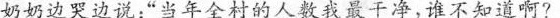
奶奶边哭边说:“当年全村的人数我最干净，谁不知道啊?